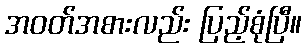
အဝတ်အစားလည်း ပြည့်စုံပြီ။